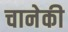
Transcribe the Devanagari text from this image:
चानेकी